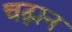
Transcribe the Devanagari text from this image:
चढ़ान